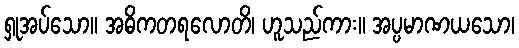
ရှုအပ်သော။ အဓိကတရလောတိ၊ ဟူသည်ကား။ အပ္ပမာဏယသော၊